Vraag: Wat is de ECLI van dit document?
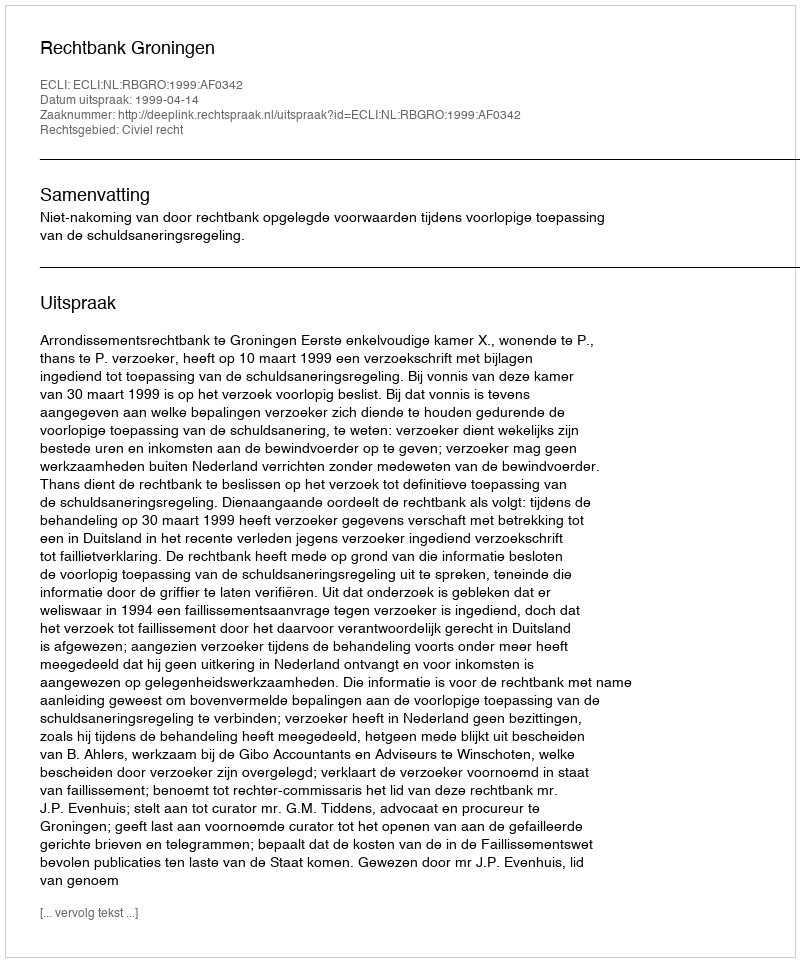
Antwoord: ECLI:NL:RBGRO:1999:AF0342